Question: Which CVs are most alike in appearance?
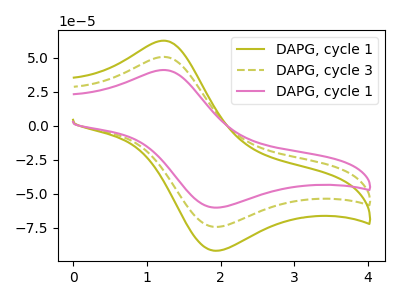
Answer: <think>The olive curve "DAPG, cycle 1" has an anodic peak at (1.25V, 101.00uA) and a cathodic peak at (1.95V, -148.25uA). The olive dashed curve "DAPG, cycle 3" has an anodic peak at (1.25V, 50.50uA) and a cathodic peak at (1.95V, -74.15uA). The pink curve "DAPG, cycle 1" has an anodic peak at (1.25V, 40.85uA) and a cathodic peak at (1.95V, -60.00uA).
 All the peaks in "DAPG, cycle 1" have a peak in "DAPG, cycle 3" at the same potential. Every peak in "DAPG, cycle 1" is higher than every peak in "DAPG, cycle 3". All the peaks in "DAPG, cycle 1" have a peak in "DAPG, cycle 1" at the same potential. Every peak in "DAPG, cycle 1" is higher than every peak in "DAPG, cycle 1". All the peaks in "DAPG, cycle 3" have a peak in "DAPG, cycle 1" at the same potential. Every peak in "DAPG, cycle 3" is higher than every peak in "DAPG, cycle 1".</think>
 <answer>"DAPG, cycle 1", "DAPG, cycle 1" and "DAPG, cycle 3" have the same shape and are likely CV's of the same chemical.</answer>
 <eval>"DAPG, cycle 1" "DAPG, cycle 1" "DAPG, cycle 3"</eval>